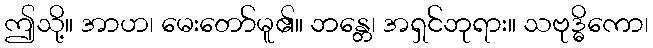
ဤသို့။ အာဟ၊ မေးတော်မူ၏။ ဘန္တေ၊ အရှင်ဘုရား။ သဗုဒ္ဓိကော၊